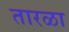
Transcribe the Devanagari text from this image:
तारळा